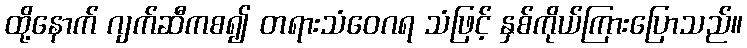
ထို့နောက် ဂျက်ဆီကစ၍ တရားသံဝေဂရ သံဖြင့် နှစ်ကိုယ်ကြားပြောသည်။